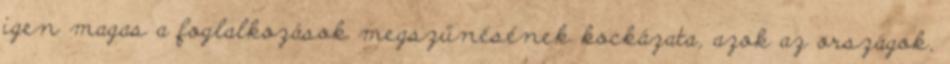
igen magas a foglalkozások megszűnésének kockázata, azok az országok,